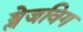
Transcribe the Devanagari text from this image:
श्लेजविग